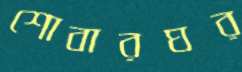
শোবারঘর